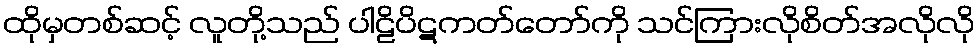
ထိုမှတစ်ဆင့် လူတို့သည် ပါဠိပိဋကတ်တော်ကို သင်ကြားလိုစိတ်အလိုလို